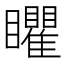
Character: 䂂